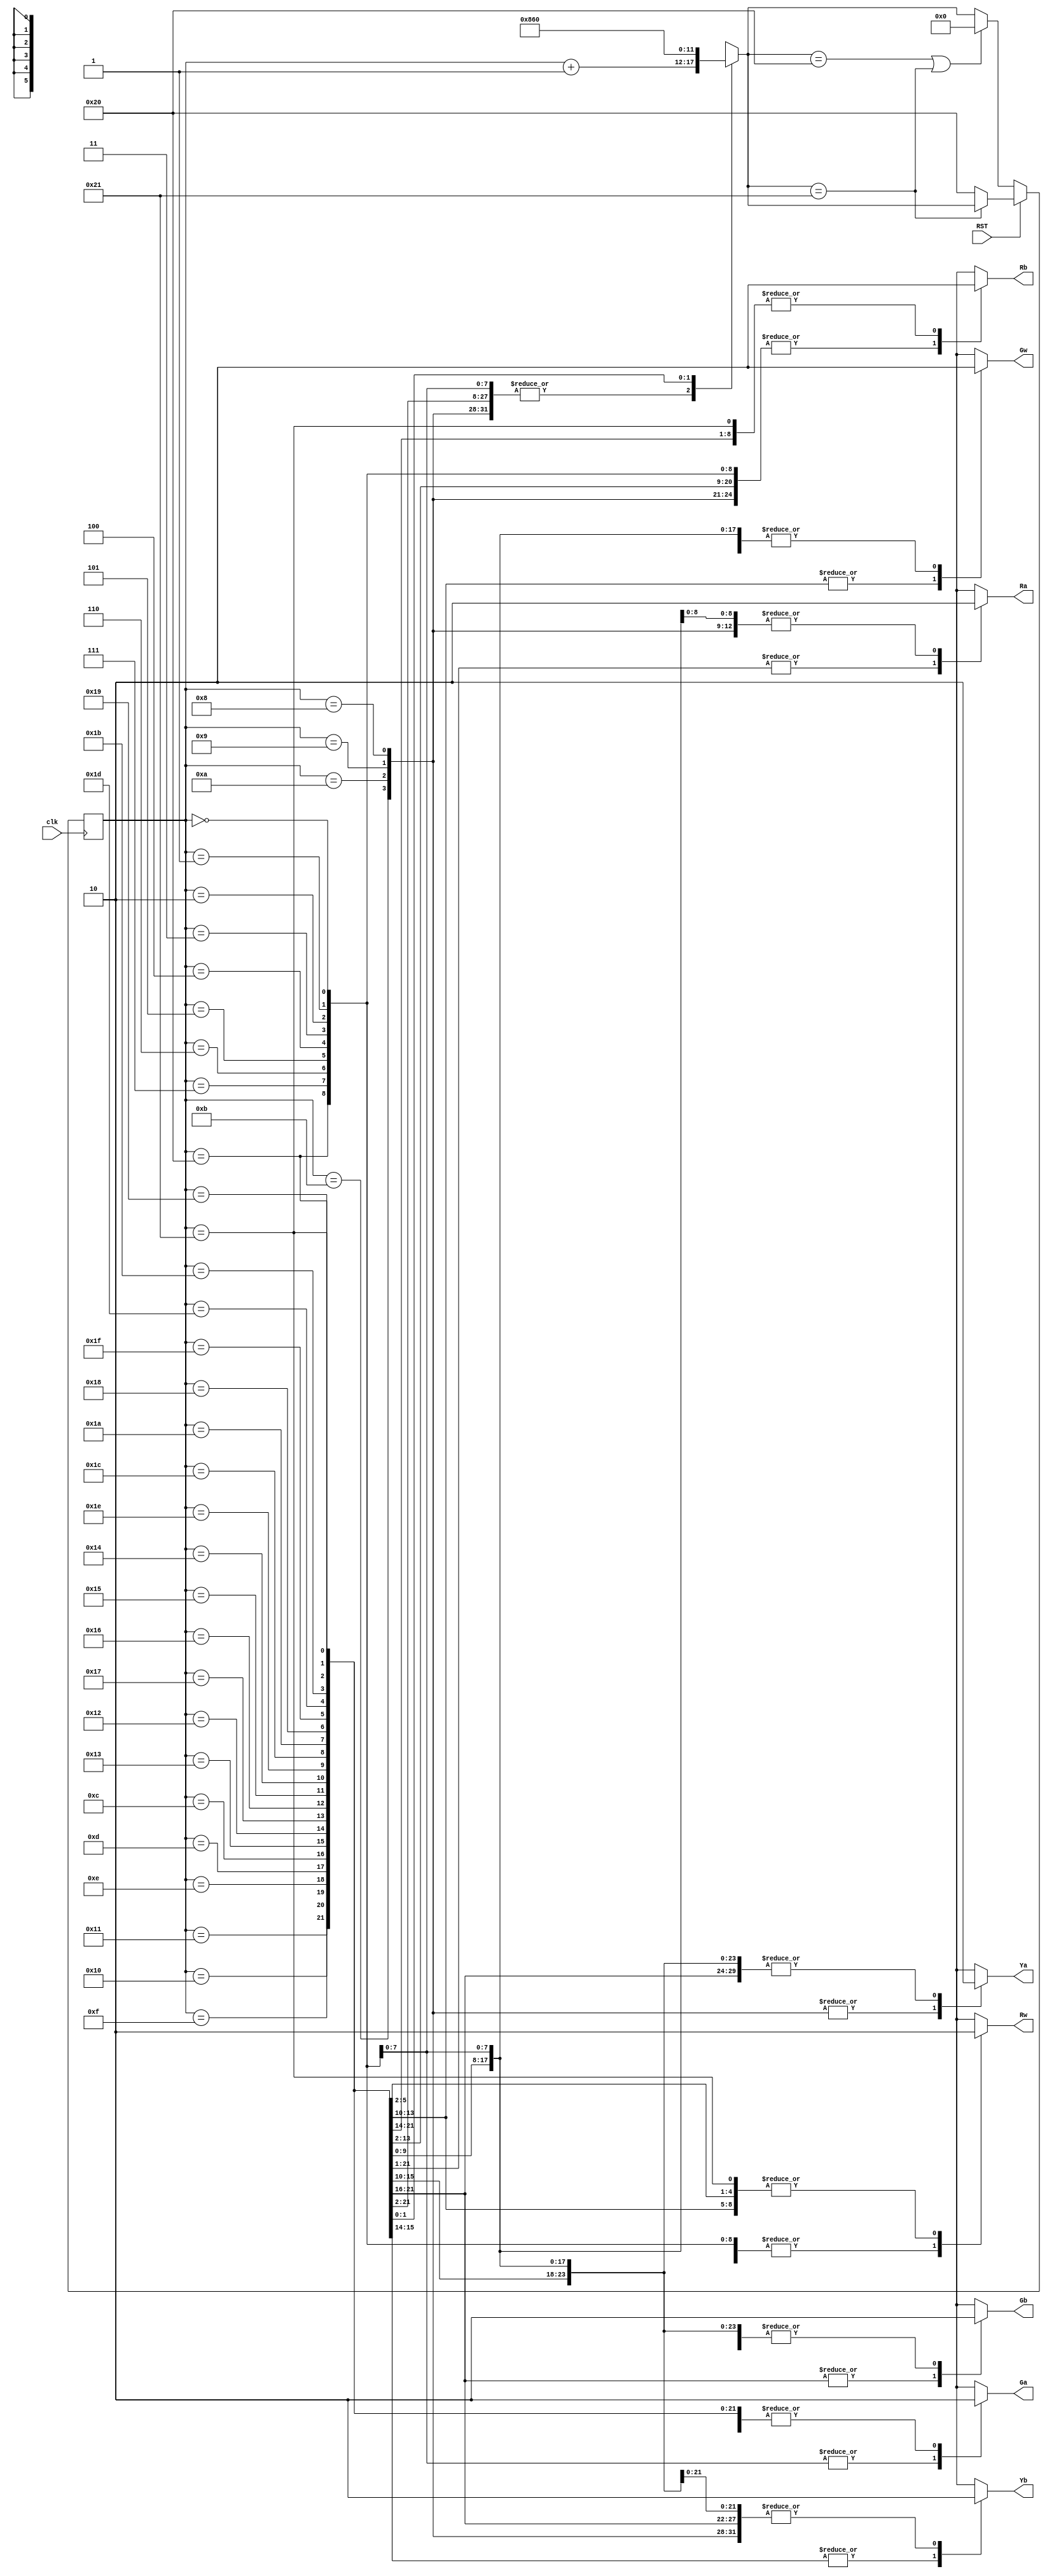
module trafficlight(clk, RST, Ga, Ya, Ra, Gb, Yb, Rb, Gw, Rw);
	input wire clk, RST;
	output wire Ga, Ya, Ra, Gb, Yb, Rb, Gw, Rw;
	reg [5:0] State;
	reg [5:0] NextState;
	reg Ga_int, Ya_int, Ra_int, Gb_int, Yb_int, Rb_int, Gw_int, Rw_int;
	
	assign Ga = Ga_int;
	assign Ya = Ya_int;
	assign Ra = Ra_int;
	assign Gb = Gb_int;
	assign Yb = Yb_int;
	assign Rb = Rb_int;
	assign Gw = Gw_int;
	assign Rw = Rw_int;
	
	initial begin
		State <= 0;
		NextState <= 0; 
	end

	always @(State) begin
		case(State)
			0, 1, 2, 3, 4, 5, 6, 7: begin //double states at twice frequency
				Ga_int <= 1;
				Ya_int <= 0;
				Ra_int <= 0;
				Gb_int <= 0;
				Yb_int <= 0;
				Rb_int <= 1;
				Gw_int <= 0;
				Rw_int <= 1;
				NextState <= State + 1;
			end
			8, 9, 10, 11: begin
				Ga_int <= 0;
				Ya_int <= 1;
				Ra_int <= 0;
				Gb_int <= 0;
				Yb_int <= 0;
				Rb_int <= 1;
				Gw_int <= 0;
				Rw_int <= 1;
				NextState <= State + 1;
			end
			12, 13, 14, 15, 16, 17: begin
				Ga_int <= 0;
				Ya_int <= 0;
				Ra_int <= 1;
				Gb_int <= 1;
				Yb_int <= 0;
				Rb_int <= 0;
				Gw_int <= 0;
				Rw_int <= 1;
				NextState <= State + 1;
			end
			18, 19: begin
				Ga_int <= 0;
				Ya_int <= 0;
				Ra_int <= 1;
				Gb_int <= 0;
				Yb_int <= 1;
				Rb_int <= 0;
				Gw_int <= 0;
				Rw_int <= 1;
				NextState <= State + 1;
			end
			20, 21, 22, 23: begin
				Ga_int <= 0;
				Ya_int <= 0;
				Ra_int <= 1;
				Gb_int <= 0;
				Yb_int <= 0;
				Rb_int <= 1;
				Gw_int <= 1;
				Rw_int <= 0;
				NextState <= State + 1;
			end
			24, 26, 28, 30: begin
				Ga_int <= 0;
				Ya_int <= 0;
				Ra_int <= 1;
				Gb_int <= 0;
				Yb_int <= 0;
				Rb_int <= 1;
				Gw_int <= 0;
				Rw_int <= 1;
				NextState <= State + 1;
			end
			25, 27, 29, 31: begin
				Ga_int <= 0;
				Ya_int <= 0;
				Ra_int <= 1;
				Gb_int <= 0;
				Yb_int <= 0;
				Rb_int <= 1;
				Gw_int <= 0;
				Rw_int <= 0;
				NextState <= State + 1;
			end
			//MAINTENANCE MODE
			32: begin //
				Ga_int <= 0;
				Ya_int <= 0;
				Ra_int <= 1;
				Gb_int <= 0;
				Yb_int <= 0;
				Rb_int <= 1;
				Gw_int <= 0;
				Rw_int <= 1;
				NextState <= 33; 
			end
			33: begin
				Ga_int <= 0;
				Ya_int <= 0;
				Ra_int <= 0;
				Gb_int <= 0;
				Yb_int <= 0;
				Rb_int <= 0;
				Gw_int <= 0;
				Rw_int <= 0;
				NextState <= 32; 
			end
			//should never occur
			default: begin 
				Ga_int <= 1'bx;
				Ya_int <= 1'bx;
				Ra_int <= 1'bx;
				Gb_int <= 1'bx;
				Yb_int <= 1'bx;
				Rb_int <= 1'bx;
				Gw_int <= 1'bx;
				Rw_int <= 1'bx;
				NextState <= 6'bxxxxxx; 
			end
		endcase
	end
	
	always @(posedge clk)
		if(RST)
			if (NextState == 6'd33)
				State <= NextState; 
			else 
				State <= 6'd32; 
		else 
			if (NextState == 6'd32 || NextState == 6'd33)
				State <= 0; 
			else
				State <= NextState;
		
endmodule